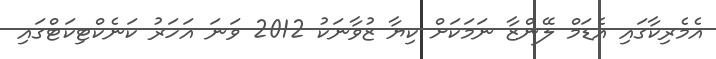
އެމެރިކާގައި އެޑަމް ލޭންޒާ ނަމަކަށް ކިޔާ ޒުވާނަކު 2012 ވަނަ އަހަރު ކަނެކްޓިކަޓްގައި